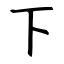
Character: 下